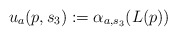
\begin{align*}\,u_{a}(p,s_{3}):=\alpha _{a,s_{3}}(L(p))\end{align*}